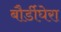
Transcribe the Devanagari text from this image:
बौर्डीघेरा